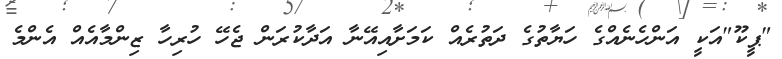
"ޕީކޫ"އަކީ އަންހެނެއްގެ ހަޔާތުގެ ދަތުރެއް ކަމަށާއިއޭނާ އަދާކުރަން ޖެހޭ ހުރިހާ ޒިންމާއެއް އެންމެ